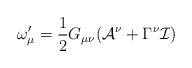
LaTeX: \begin{align*}\omega _{\mu }^{\prime }=\frac{1}{2}G_{\mu \nu }(\mathcal{A}^{\nu }+\Gamma^{\nu }\mathcal{I}) \end{align*}